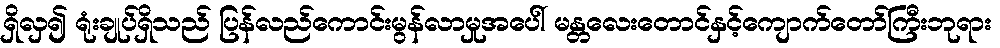
ရှိလှ၍ ရုံးချုပ်ရှိသည် ပြန်လည်ကောင်းမွန်လာမှုအပေါ် မန္တလေးတောင်နှင့်ကျောက်တော်ကြီးဘုရား